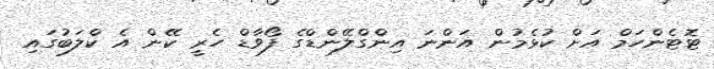
ޓޮޓެންހަމް އަށް ކުޅެމުން އަންނަ އިންގްލޭންޑްގެ ފޯވާޑް ހެރީ ކޭން އެ ކްލަބުގައި